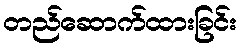
တည်ဆောက်ထားခြင်း